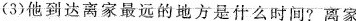
(3)他到达离家最远的地方是什么时间?离家